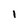
Character: l